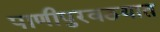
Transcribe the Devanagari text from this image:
पाणीपुरवठयात